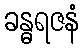
ခန္ဓရဇနံ